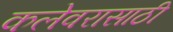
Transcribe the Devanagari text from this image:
कलेवरासाठी